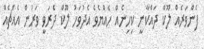
ފެންވަރެއް ލޫކް ދައްކާނީ ކިހިނެއް ހެއްޔެވެ އެދުވަހު ލޫކް ދެރަވީ ވަރުން އެއްޗެއް